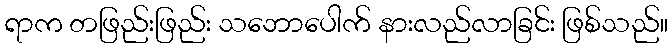
ရာက တဖြည်းဖြည်း သဘောပေါက် နားလည်လာခြင်း ဖြစ်သည်။